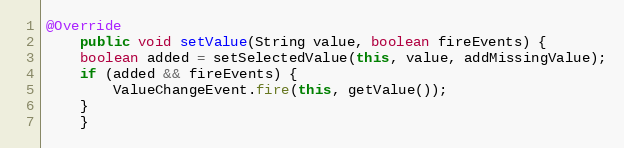
Language: Java
@Override
    public void setValue(String value, boolean fireEvents) {
	boolean added = setSelectedValue(this, value, addMissingValue);
	if (added && fireEvents) {
	    ValueChangeEvent.fire(this, getValue());
	}
    }